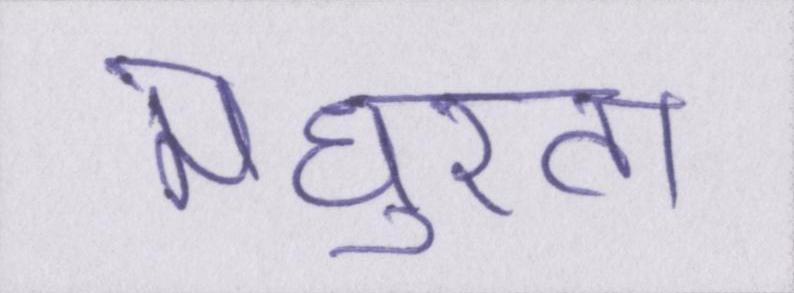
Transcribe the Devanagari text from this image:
मधुरता